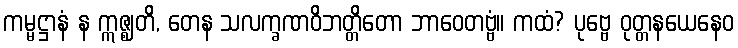
ကမ္မဋ္ဌာနံ န ဣဇ္ဈတိ, တေန သလက္ခဏဝိဘတ္တိတော ဘာဝေတဗ္ဗံ။ ကထံ? ပုဗ္ဗေ ဝုတ္တနယေနေဝ